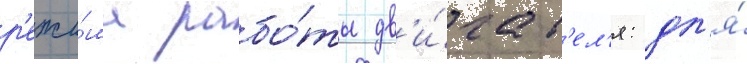
р'ежи́ма рабо́ты дв'и́гат'ел'я: дл'я́